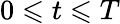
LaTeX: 0\leqslant t\leqslant T